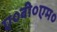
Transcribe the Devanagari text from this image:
ए०बी०एम०